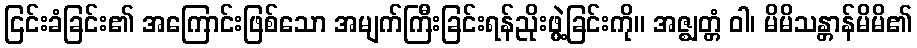
ငြင်းခံခြင်း၏ အကြောင်းဖြစ်သော အမျက်ကြီးခြင်းရန်ညိုးဖွဲ့ခြင်းကို။ အဇ္ဈတ္တံ ဝါ၊ မိမိသန္တာန်မိမိ၏